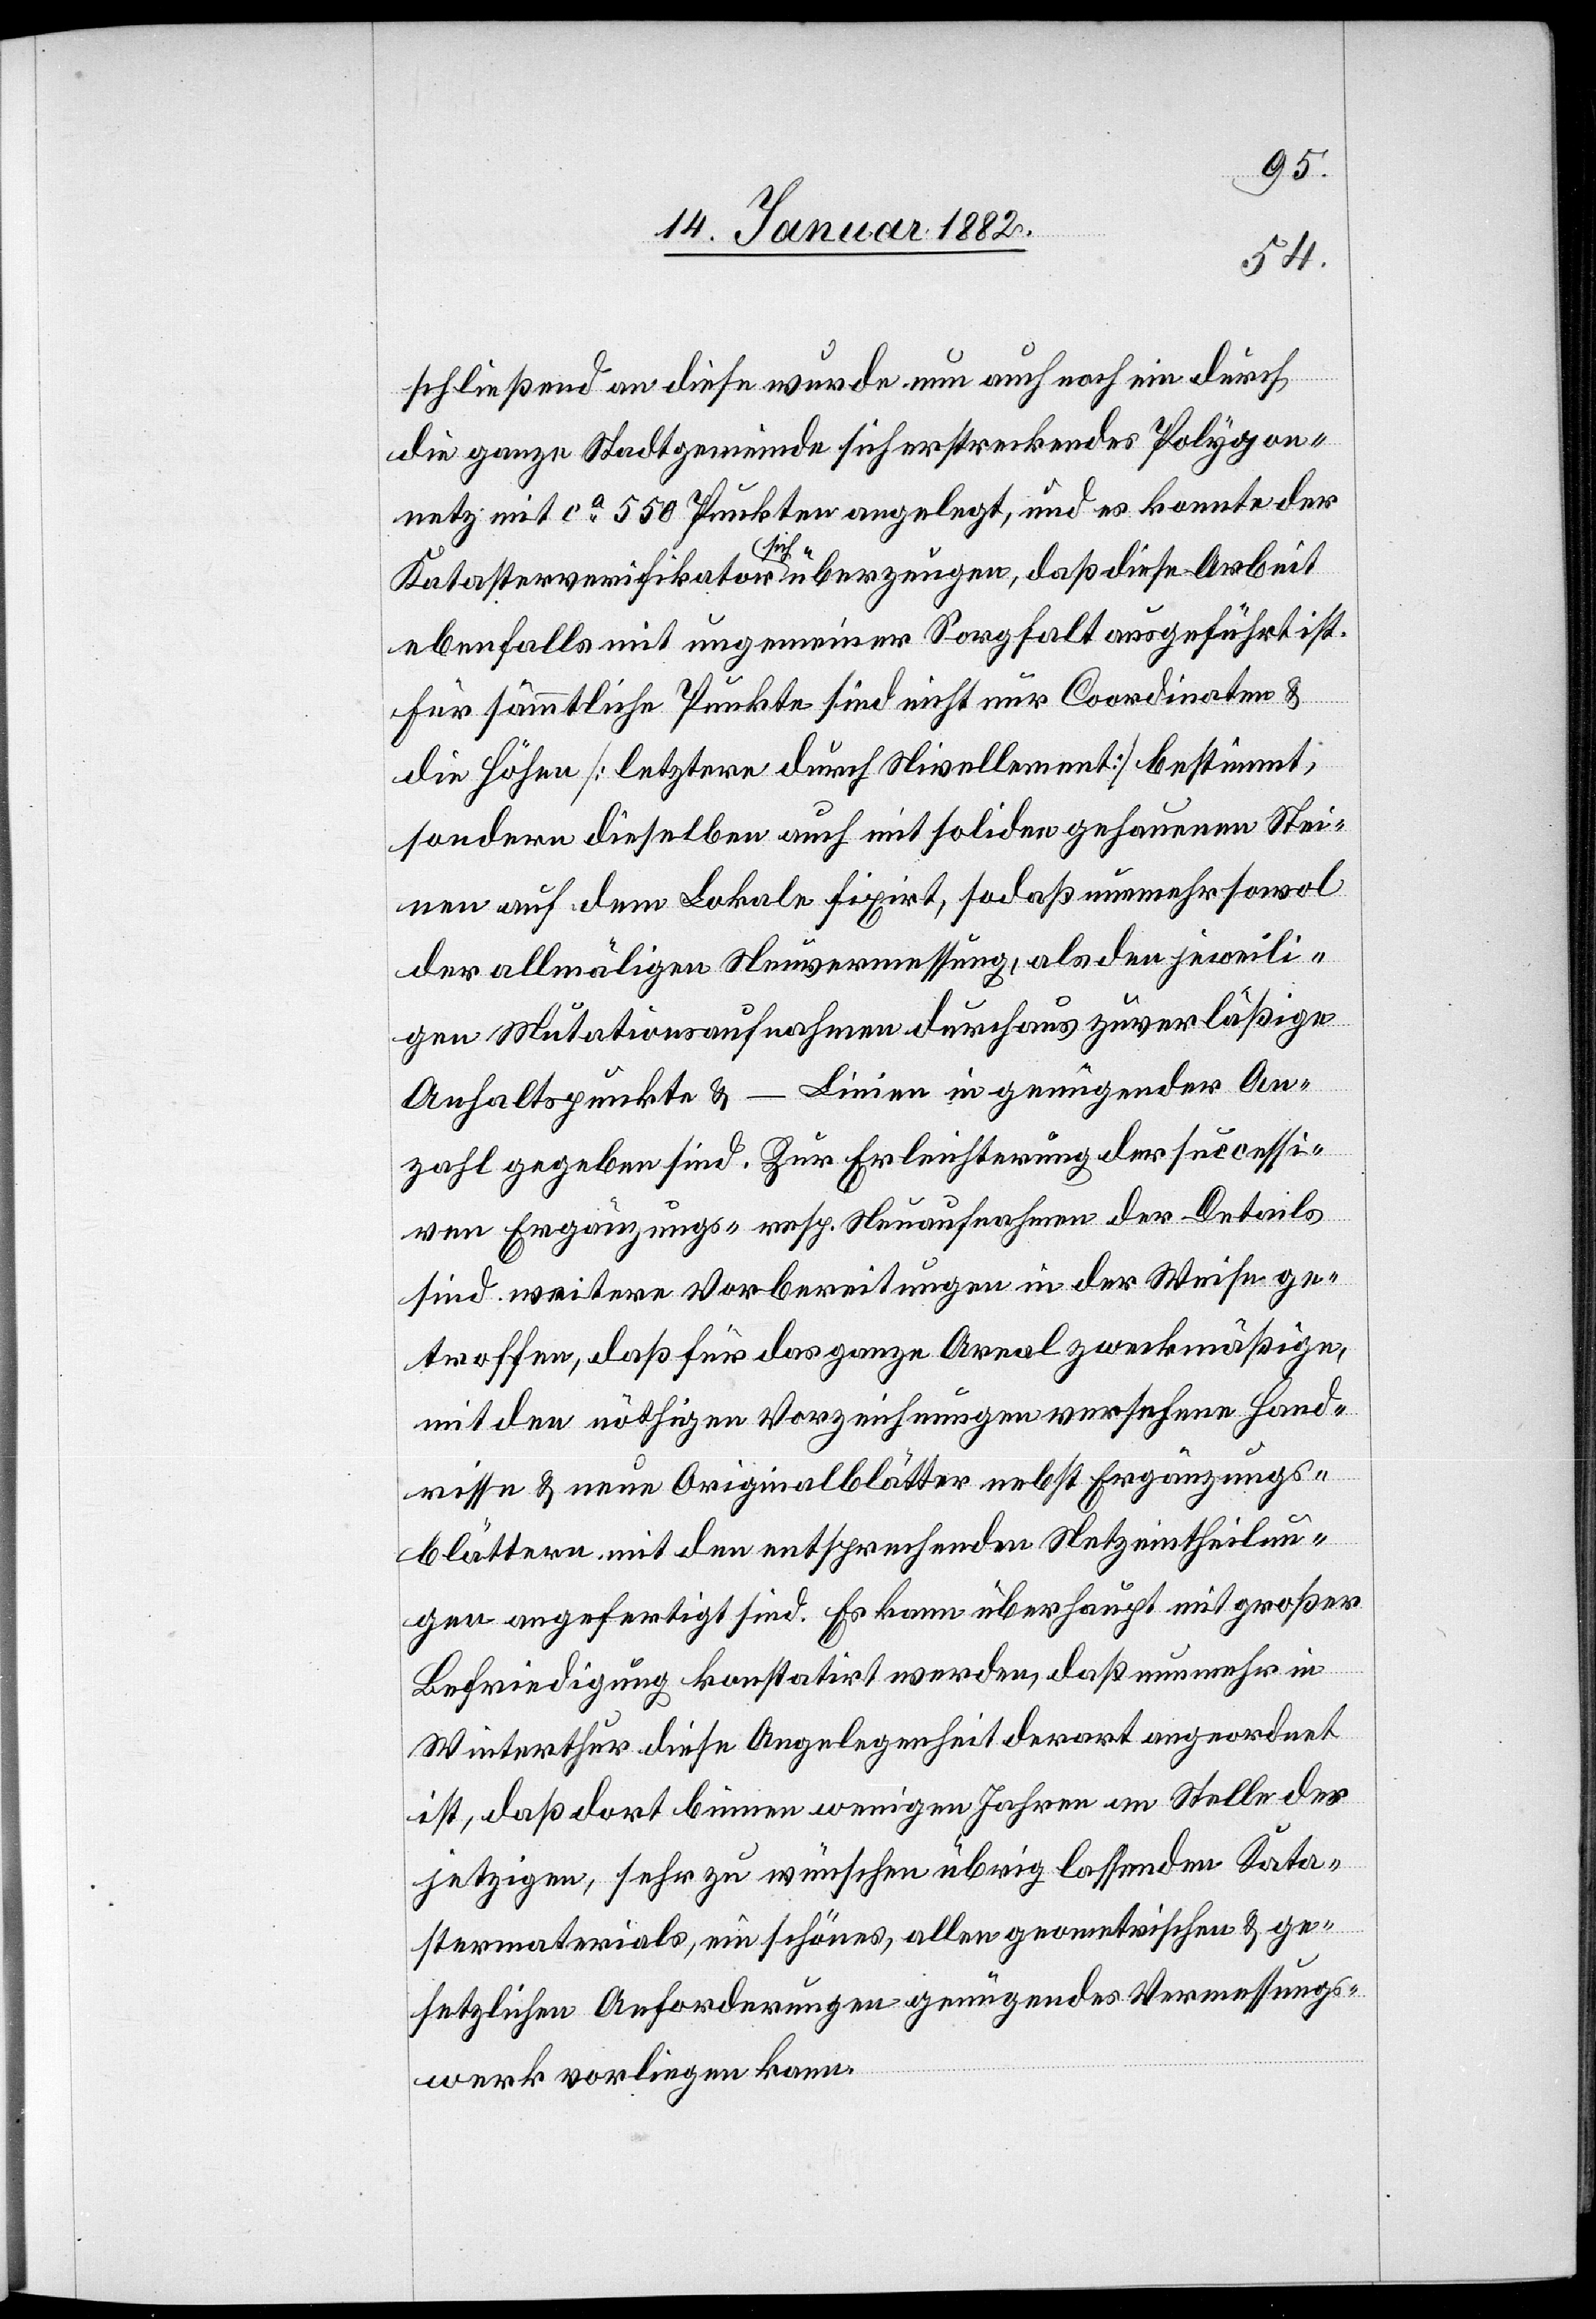
schließend an diese wurde nun auch noch ein durch
die ganze Stadtgemeinde sich erstreckendes Polygon¬
netz mit ca 550 Punkten angelegt, und es konnte der
Katasterverifikator sich überzeugen, daß diese Arbeit
ebenfalls mit ungemeiner Sorgfalt ausgeführt ist.
Für sämmtliche Punkte sind nicht nur Coordinaten &
die Höhen [letztere durch Nivellement] bestimmt,
sondern dieselben auch mit soliden gehauenen Stei¬
nen auf dem Lokale fixirt, sodaß nunmehr sowol
der allmäligen Neuvermessung, als den jeweili¬
gen Mutationsaufnahmen durchaus zuverläßige
Anhaltspunkte & Linien in genügender An¬
zahl gegeben sind. Zur Erleichterung der sucsessi¬
ven Ergänzung- resp. Neuaufnahme der Details
sind weitere Vorbereitungen in der Weise ge¬
troffen, daß für das ganze Areal zweckmäßige,
mit den nöthigen Verzeichnungen versehenen Hand¬
risse & neue Originalblätter nebst Ergänzungs¬
blättern mit den entsprechenden Netzeintheilun¬
gen angefertigt sind. Es kann überhaupt mit großer
Befriedigung konstatirt werden, daß nunmehr in
Winterthur diese Angelegenheit derart angeordnet
ist, daß dort binnen weniger Jahren an Stelle des
jetzigen, sehr zu wünschen übrig lassenden Kata¬
stermaterials, ein schönes, allen geometrischen & ge¬
setzlichen Anforderungen genügendes Vermessungs¬
werk vorliegen kann.